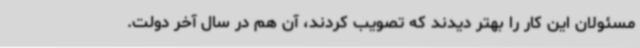
مسئولان این کار را بهتر دیدند که تصویب کردند، آن هم در سال آخر دولت.